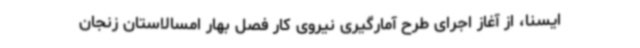
ایسنا، از آغاز اجرای طرح آمارگیری نیروی کار فصل بهار امسالاستان زنجان